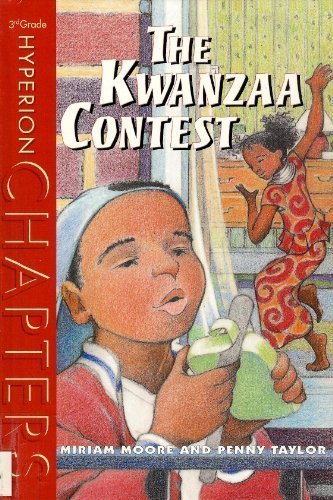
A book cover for The Kwanzaa Contest; Miriam Moore; Children's Books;